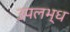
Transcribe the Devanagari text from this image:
उपलभ्ध